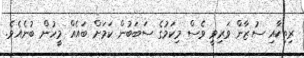
ރިތިކާއި ސުޒާން ވަރިވީ ވެސް މިކަމުގެ ސަބަބުން ކަމަށް ބައެއް މީހުން ބުނެއެވެ.